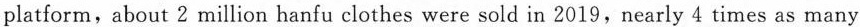
platform, about 2 million hanfu clothes were sold in 2019, nearly 4 times as many